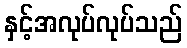
နှင့်အလုပ်လုပ်သည်